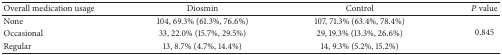
<table><thead><tr><td><b>Overall medication usage</b></td><td><b>Diosmin</b></td><td><b>Control</b></td><td><b><i>P</i> value</b></td></tr></thead><tbody><tr><td>None</td><td>104, 69.3% (61.3%, 76.6%)</td><td>107, 71.3% (63.4%, 78.4%)</td><td rowspan="3">0.845</td></tr><tr><td>Occasional</td><td>33, 22.0% (15.7%, 29.5%)</td><td>29, 19.3% (13.3%, 26.6%)</td></tr><tr><td>Regular</td><td>13, 8.7% (4.7%, 14.4%)</td><td>14, 9.3% (5.2%, 15.2%)</td></tr></tbody></table>